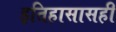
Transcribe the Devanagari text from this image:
इतिहासासही